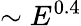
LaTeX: \sim E^{0.4}